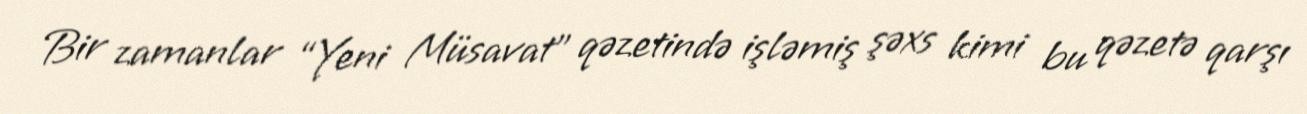
Bir zamanlar “Yeni Müsavat” qəzetində işləmiş şəxs kimi bu qəzetə qarşı